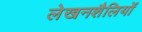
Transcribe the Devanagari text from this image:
लेखनशैलियों